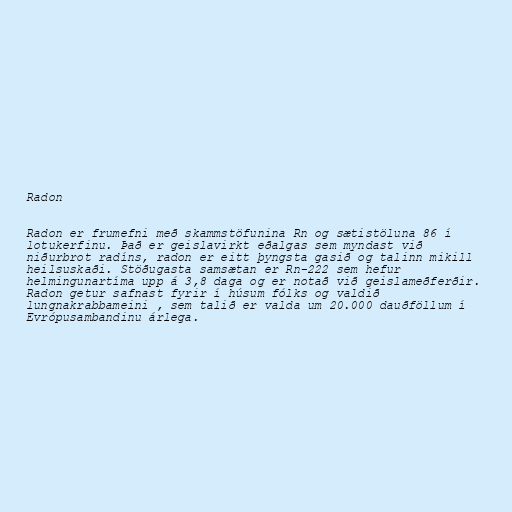
Radon

Radon er frumefni með skammstöfunina Rn og sætistöluna 86 í
lotukerfinu. Það er geislavirkt eðalgas sem myndast við
niðurbrot radíns, radon er eitt þyngsta gasið og talinn mikill
heilsuskaði. Stöðugasta samsætan er Rn-222 sem hefur
helmingunartíma upp á 3,8 daga og er notað við geislameðferðir.
Radon getur safnast fyrir í húsum fólks og valdið
lungnakrabbameini , sem talið er valda um 20.000 dauðföllum í
Evrópusambandinu árlega.